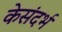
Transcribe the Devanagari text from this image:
केसंदर्भ